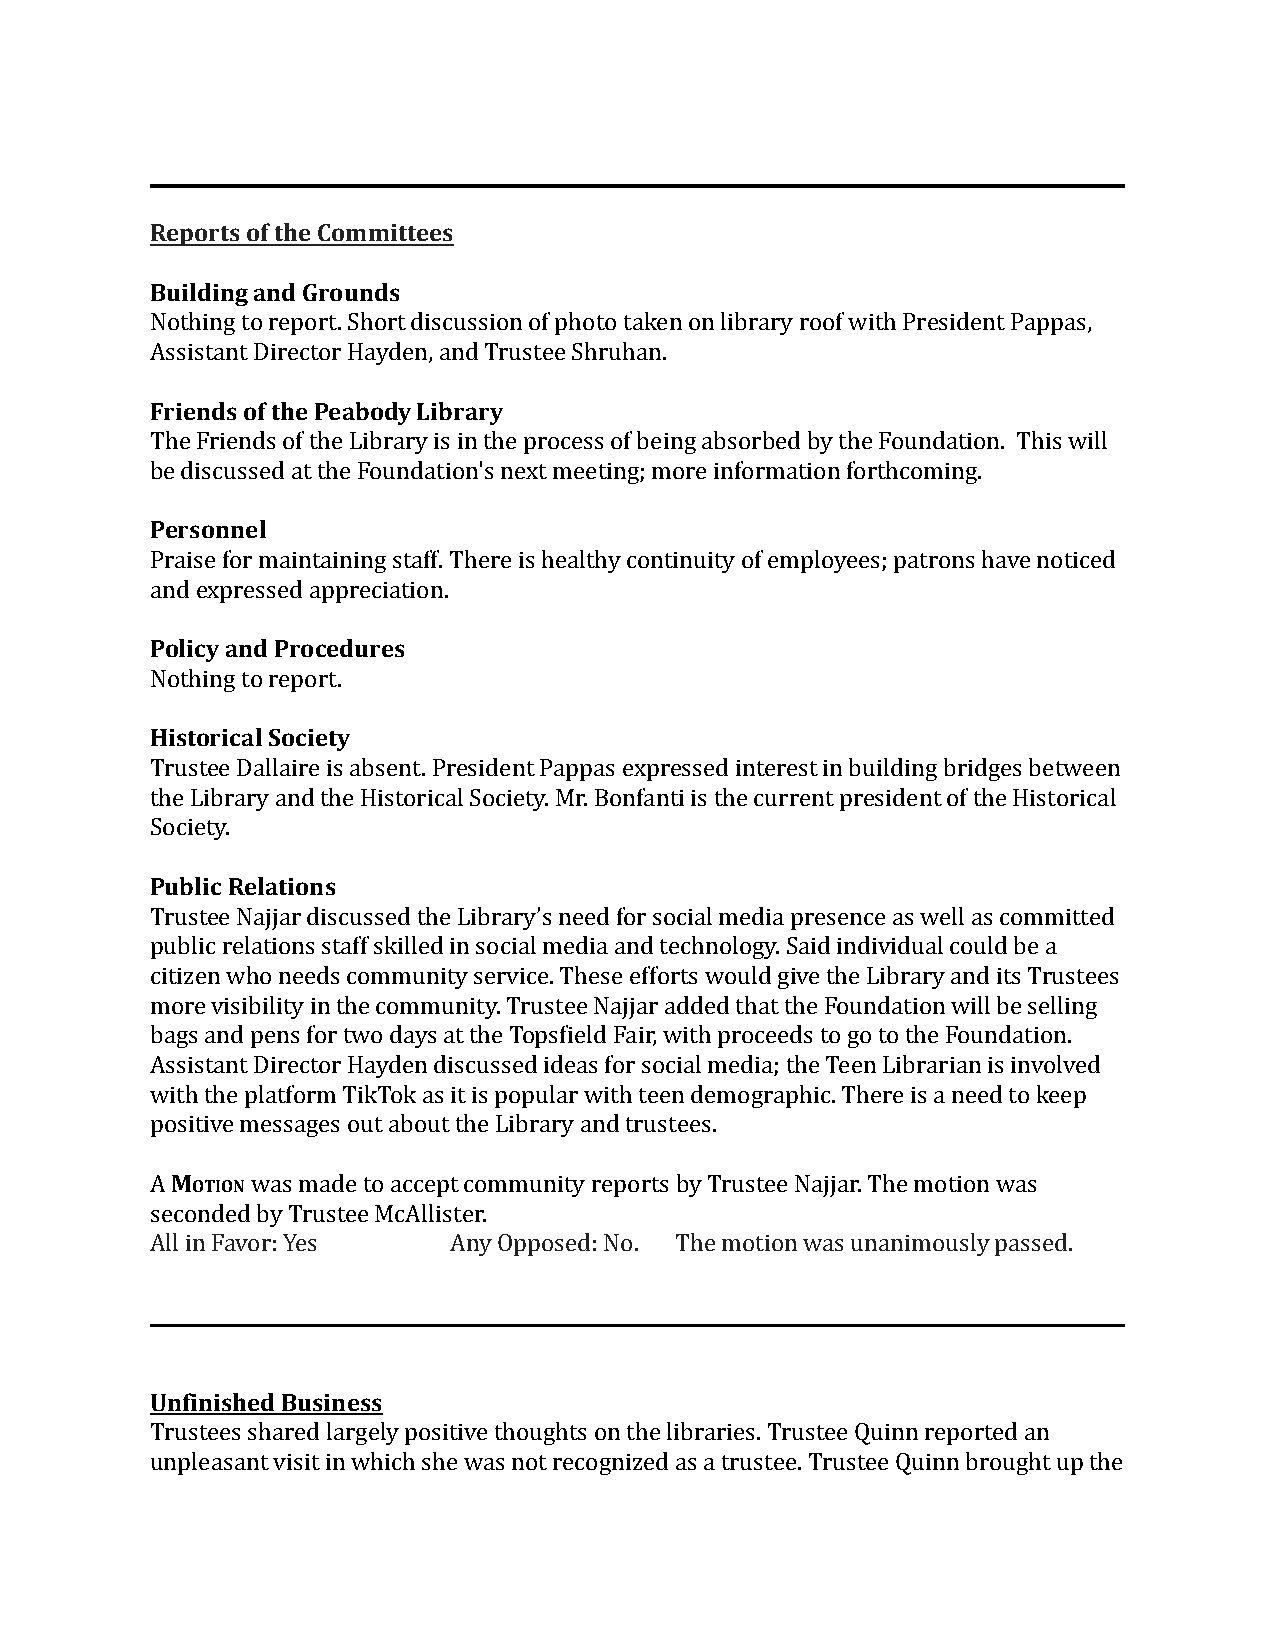
Reports of the Committees
 Building and Grounds
 Nothing to report. Short discussion of photo taken on library roof with President Pappas,
 Assistant Director Hayden, and Trustee Shruhan.
 Friends of the Peabody Library
 The Friends of the Library is in the process of being absorbed by the Foundation. This will
 be discussed at the Foundation's next meeting; more information forthcoming.
 Personnel
 Praise for maintaining staff. There is healthy continuity of employees; patrons have noticed
 and expressed appreciation.
 Policy and Procedures
 Nothing to report.
 Historical Society
 Trustee Dallaire is absent. President Pappas expressed interest in building bridges between
 the Library and the Historical Society. Mr. Bonfanti is the current president of the Historical
 Society.
 Public Relations
 Trustee Najjar discussed the Library’s need for social media presence as well as committed
 public relations staff skilled in social media and technology. Said individual could be a
 citizen who needs community service. These efforts would give the Library and its Trustees
 more visibility in the community. Trustee Najjar added that the Foundation will be selling
 bags and pens for two days at the Topsfield Fair, with proceeds to go to the Foundation.
 Assistant Director Hayden discussed ideas for social media; the Teen Librarian is involved
 with the platform TikTok as it is popular with teen demographic. There is a need to keep
 positive messages out about the Library and trustees.
 AMOTIONwas made to accept community reports by TrusteeNajjar. The motion was
 seconded by Trustee McAllister.
 All in Favor: Yes   Any Opposed: No. The motion was unanimously passed.
 Unfinished Business
 Trustees shared largely positive thoughts on the libraries. Trustee Quinn reported an
 unpleasant visit in which she was not recognized as a trustee. Trustee Quinn brought up the